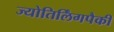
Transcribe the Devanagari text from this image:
ज्योतिर्लिंगपैकी